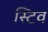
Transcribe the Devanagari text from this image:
स्टिव